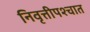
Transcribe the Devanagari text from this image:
निवृत्तीपश्चात